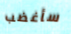
سأغضب